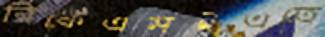
বিকেএমইএতে